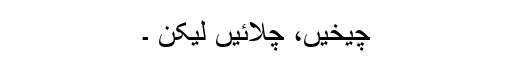
چیخیں، چِلائیں لیکن ۔